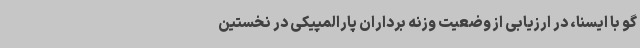
گو با ایسنا، در ارزیابی از وضعیت وزنه برداران پارالمپیکی در نخستین